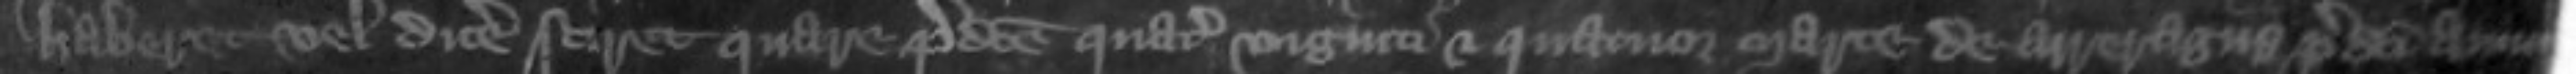
haberet vel dicere sciret quare predicte quatuor viginti et quatuor marce de arreragiis predicti annui